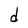
Character: d